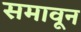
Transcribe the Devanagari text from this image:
समावून